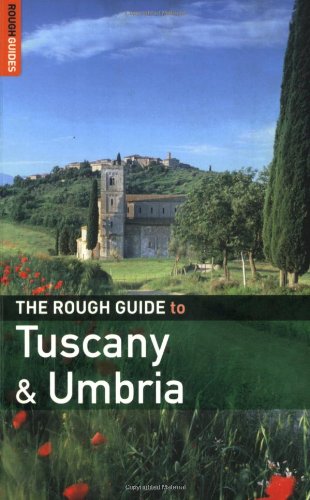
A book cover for The Rough Guide to Tuscany  &  Umbria 6 (Rough Guide Travel Guides); Jonathan Buckley; Travel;